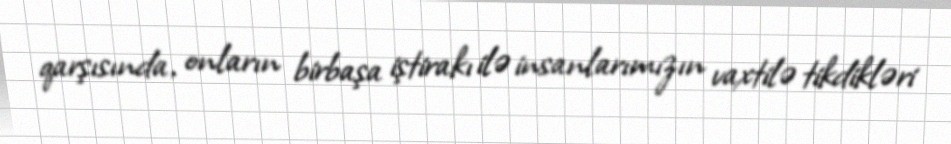
qarşısında, onların birbaşa iştirakı ilə insanlarımızın vaxtilə tikdikləri